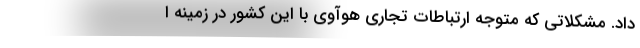
داد. مشکلاتی که متوجه ارتباطات تجاری هوآوی با این کشور در زمینه ا